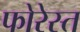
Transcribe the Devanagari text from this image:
फोरेस्त